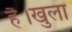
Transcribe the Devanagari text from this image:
है।खुला